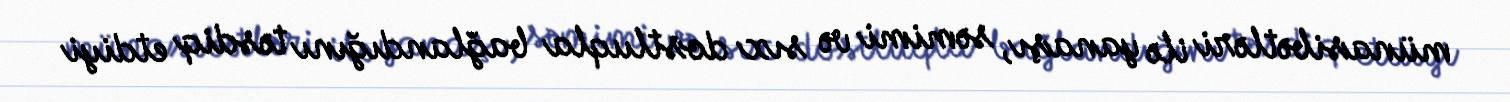
münasibətləri ilə yanaşı, səmimi və sıx dostluqla bağlandığını təsdiq etdiyi